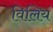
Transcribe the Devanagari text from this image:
विलियं